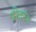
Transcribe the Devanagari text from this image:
प्रीतरंग